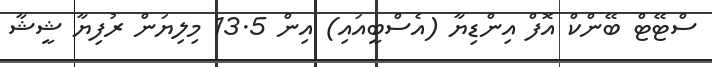
ސްޓޭޓް ބޭންކް އޮފް އިންޑިޔާ (އެސްބީއައި) އިން 13.5 މިލިޔަން ރުފިޔާ ޝީޝާ